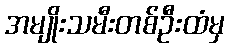
အမျိုးသမီးတစ်ဦးထံမှ